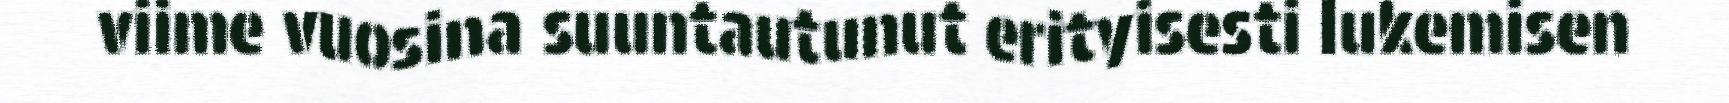
viime vuosina suuntautunut erityisesti lukemisen